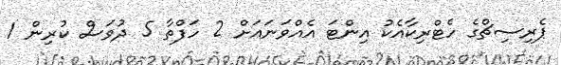
ޕެރިސިޗްގެ ހެޓްރިކާއެކު އިންޓަ އެއްވަނައަށް 2 ހަފްތާ 5 ދުވަސް ކުރިން 1